Civil Veterinary Dept. Assam report 1927-50 - 1927-1950
Year: 1927
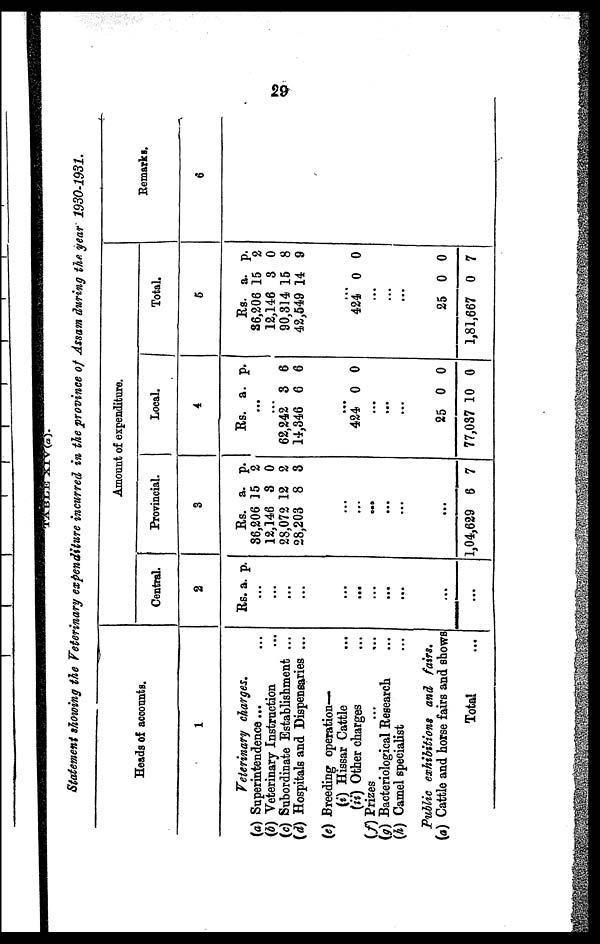
29
TABLE XIV(a)
Statement showing the Veterinary expenditure incurred in the province of Assam during the year 1930-1931.
Heads of accounts.
1
Veterinary charges.
(a) Superintendence ... ...
(b) Veterinary Instruction ...
(c) Subordinate Establishment ...
(d) Hospitals and Dispensaries ...
(e) Breeding operation —
(i) Hissar Cattle ...
(ii) Other charges ...
(f) Prizes ... ...
(g) Bacteriological Research ...
(h) Camel specialist ...
Public exhibitions and fairs.
(a) Cattle and horse fairs and shows
Total …
Amount of expenditure.
Central.
2
Rs. a. p.
...
...
...
...
...
...
...
...
...
...
...
Provincial.
3
Rs. a. p.
86,206 15 2
12,146 8 0
28,072 12 2
28,203 8 3
...
...
…
...
...
...
1,04,629 6 7
Local.
4
Rs. a. p.
...
...
62,242 3 6
14,346 6 6
...
424 0 0
...
...
...
25 0 0
77,087 10 0
Total.
5
Rs. a. p.
36,206 15 2
12,146 3 0
90,314 15 8
42,549 14 9
...
424 0 0
...
...
...
25 0 0
1,81,667 0 7
Remarks.
6